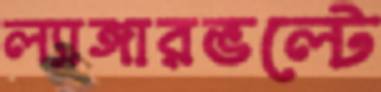
ল্যাঙ্গারভল্টে